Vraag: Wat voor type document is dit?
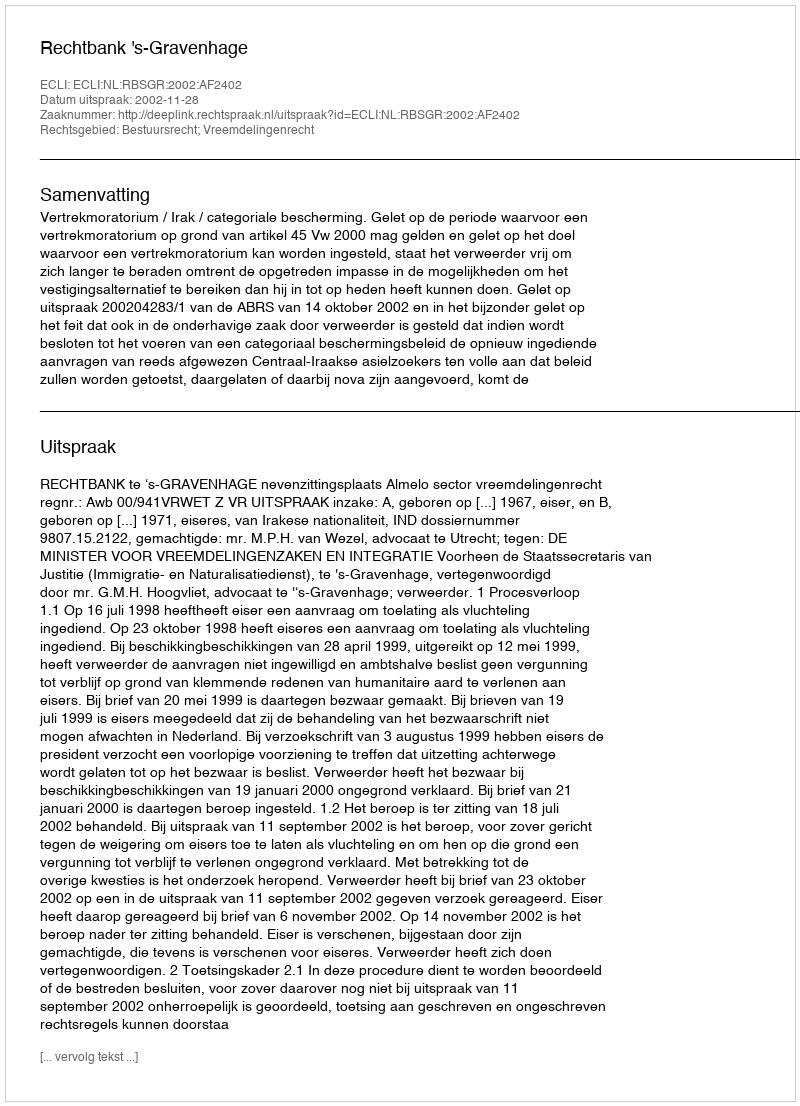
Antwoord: Uitspraak